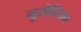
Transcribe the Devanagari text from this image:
नुसेरियन